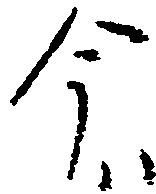
今